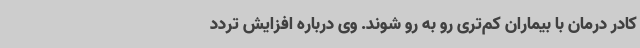
کادر درمان با بیماران کم‌تری رو به رو شوند. وی درباره افزایش تردد